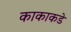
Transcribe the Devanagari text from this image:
काकाकडे